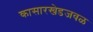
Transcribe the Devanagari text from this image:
कासारखेडजवळ